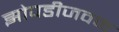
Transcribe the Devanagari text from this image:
झोपडीजवळ